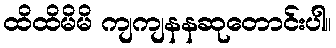
ထိထိမိမိ ကျကျနနဆုတောင်းပါ။